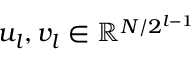
u _ { l } , v _ { l } \in \mathbb { R } ^ { N / 2 ^ { l - 1 } }